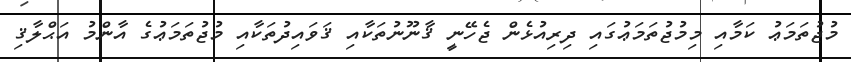
މުޖުތަމަޢު ކަމާއި މިމުޖުތަމަޢުގައި ދިރިއުޅެން ޖެހޭނީ ޤާނޫނުތަކާއި ޤަވައިދުތަކާއި މުޖުތަމަޢުގެ އާންމު އަޙްލާޤި